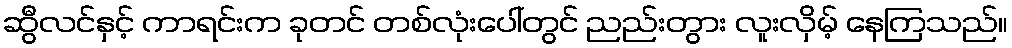
ဆွီလင်နှင့် ကာရင်းက ခုတင် တစ်လုံးပေါ်တွင် ညည်းတွား လူးလှိမ့် နေကြသည်။